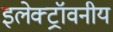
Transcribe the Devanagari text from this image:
इलेक्ट्रॉवनीय